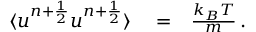
\begin{array} { r l r } { \langle u ^ { n + \frac { 1 } { 2 } } u ^ { n + \frac { 1 } { 2 } } \rangle } & { { } = } & { \frac { k _ { B } T } { m } \, . } \end{array}